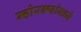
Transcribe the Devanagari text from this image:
म्होरक्यांमध्ये